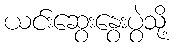
ယင်းဆွေးနွေးပွဲသို့